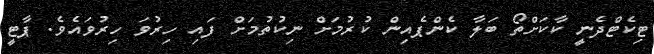
ޓިކެޓްދެނީ ކާކަށްތޯ ބަލާ ކެންޕެއިން ކުރުމަށް ނިކުތުމަށް ފައި ހިރުވަ ހިރުވައެވެ. ޕާޓީ